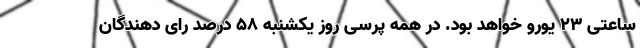
ساعتی ۲۳ یورو خواهد بود. در همه پرسی روز یکشنبه ۵۸ درصد رای دهندگان